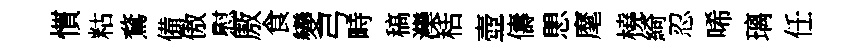
慣䊀鶩備傲慰厫食變弓畤稿灤栝壺儔愳麾橈綺忍唏璃任